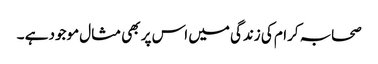
صحابہ کرام کی زندگی میں اس پر بھی مثال موجود ہے ۔